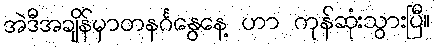
အဲဒီအချိန်မှာတနင်္ဂနွေနေ့ ဟာ ကုန်ဆုံးသွားပြီ။